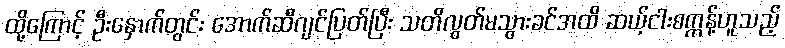
ထို့ကြောင့် ဦးနှောက်တွင်း အောက်ဆီဂျင်ပြတ်ပြီး သတိလွတ်မသွားခင်အထိ ဆယ့်ငါးစက္ကန့်ဟူသည့်